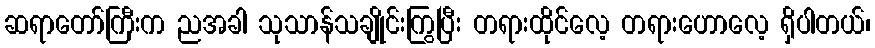
ဆရာတော်ကြီးက ညအခါ သုသာန်သချိုင်းကြွပြီး တရားထိုင်လေ့ တရားဟောလေ့ ရှိပါတယ်၊